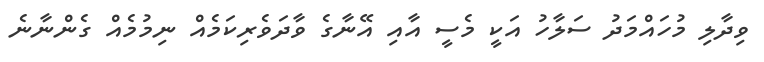
ވިދާލި މުހައްމަދު ސަލާހު އަކީ މެސީ އާއި އޭނާގެ ވާދަވެރިކަމެއް ނިމުމެއް ގެންނާނެ